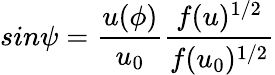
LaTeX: sin\psi=\frac{u(\phi)}{u_{0}}\frac{f(u)^{1/2}}{f(u_{0})^{1/2}}